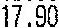
17.90